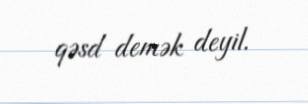
qəsd demək deyil.